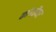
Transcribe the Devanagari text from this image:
कांबळेंवर